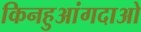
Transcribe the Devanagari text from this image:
किनहुआंगदाओ